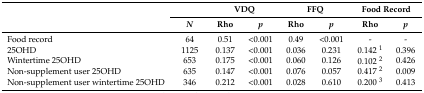
<table><thead><tr><td rowspan="2"></td><td></td><td colspan="2"><b>VDQ</b></td><td colspan="2"><b>FFQ</b></td><td colspan="2"><b>Food Record</b></td></tr><tr><td><b><i>N</i></b></td><td><b>Rho</b></td><td><b><i>p</i></b></td><td><b>Rho</b></td><td><b><i>p</i></b></td><td><b>Rho</b></td><td><b><i>p</i></b></td></tr></thead><tbody><tr><td>Food record</td><td>64</td><td>0.51</td><td>&lt;0.001</td><td>0.49</td><td>&lt;0.001</td><td>-</td><td>-</td></tr><tr><td>25OHD</td><td>1125</td><td>0.137</td><td>&lt;0.001</td><td>0.036</td><td>0.231</td><td>0.142 <sup>1</sup></td><td>0.396</td></tr><tr><td>Wintertime 25OHD</td><td>653</td><td>0.175</td><td>&lt;0.001</td><td>0.060</td><td>0.126</td><td>0.102 <sup>2</sup></td><td>0.426</td></tr><tr><td>Non-supplement user 25OHD</td><td>635</td><td>0.147</td><td>&lt;0.001</td><td>0.076</td><td>0.057</td><td>0.417 <sup>2</sup></td><td>0.009</td></tr><tr><td>Non-supplement user wintertime 25OHD</td><td>346</td><td>0.212</td><td>&lt;0.001</td><td>0.028</td><td>0.610</td><td>0.200 <sup>3</sup></td><td>0.413</td></tr></tbody></table>